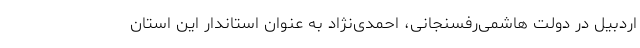
اردبیل در دولت هاشمی‌رفسنجانی، احمدی‌نژاد به عنوان استاندار این استان